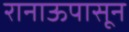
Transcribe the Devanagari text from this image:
रानाऊपासून